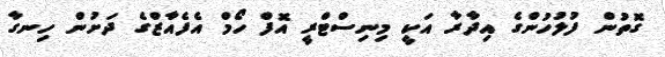
ގޮތުން ފުލުހުންގެ އިދާރާ އަކީ މިނިސްޓްރީ އޮފް ހޯމް އެފެއާޒްގެ ދަށުން ހިނގާ